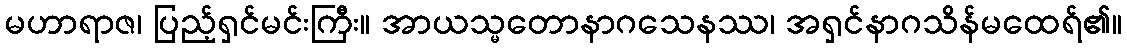
မဟာရာဇ၊ ပြည့်ရှင်မင်းကြီး။ အာယသ္မတောနာဂသေနဿ၊ အရှင်နာဂသိန်မထေရ်၏။